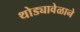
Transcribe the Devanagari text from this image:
थोड्यावेळाने